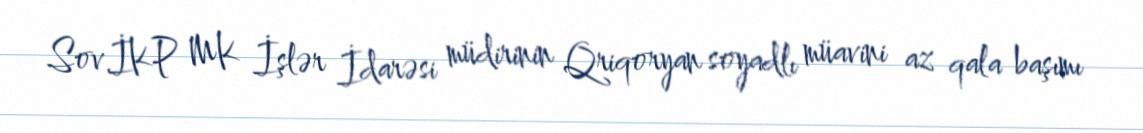
Sov.İKP MK İşlər İdarəsi müdirinin Qriqoryan soyadlı müavini az qala başımı